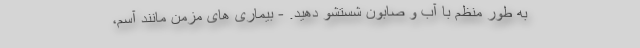
به طور منظم با آب و صابون شستشو دهید. - بیماری های مزمن مانند آسم،